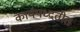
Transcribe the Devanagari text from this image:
कार्यपध्दतीत